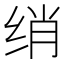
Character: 绡